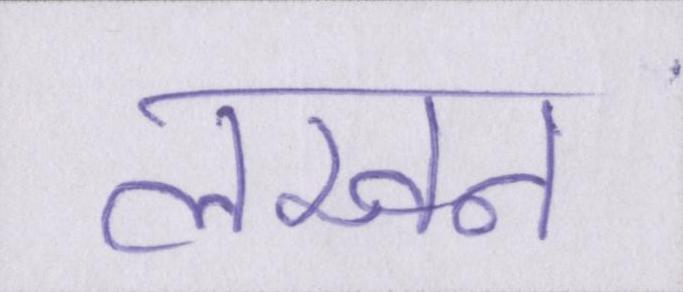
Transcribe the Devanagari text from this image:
लखन